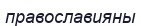
православияны